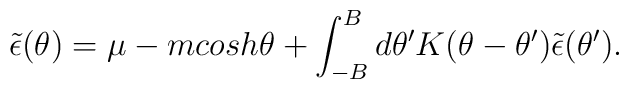
\tilde{\epsilon}(\theta) = \mu - m cosh\theta + \int_{-B}^{B}d\theta^{\prime} K(\theta - \theta^{\prime})\tilde{\epsilon}(\theta^{\prime}).